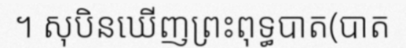
។ សុបិនឃើញព្រះពុទ្ធបាត(បាត